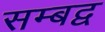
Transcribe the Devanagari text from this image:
सम्‍बद्व